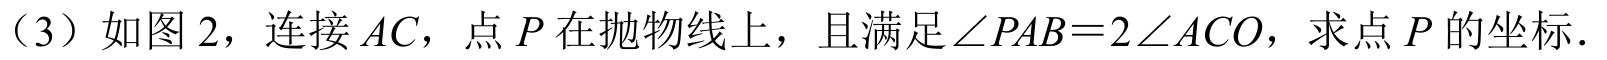
（3）如图2，连接$AC$，点$P$在抛物线上，且满足$\angle PAB = 2\angle ACO$，求点$P$的坐标．